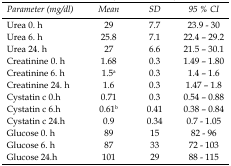
<table><thead><tr><td><b>Parameter(mg/dl)</b></td><td><b>Mean</b></td><td><b>SD</b></td><td><b>95 % CI</b></td></tr></thead><tbody><tr><td>Urea 0. h</td><td>29</td><td>7.7</td><td>23.9 - 30</td></tr><tr><td>Urea 6. h</td><td>25.8</td><td>7.1</td><td>22.4 – 29.2</td></tr><tr><td>Urea 24. h</td><td>27</td><td>6.6</td><td>21.5 – 30.1</td></tr><tr><td>Creatinine 0. h</td><td>1.68</td><td>0.3</td><td>1.49 – 1.80</td></tr><tr><td>Creatinine 6. h</td><td>1.5<sup>a</sup></td><td>0.3</td><td>1.4 – 1.6</td></tr><tr><td>Creatinine 24. h</td><td>1.6</td><td>0.3</td><td>1.47 – 1.8</td></tr><tr><td>Cystatin c 0.h</td><td>0.71</td><td>0.3</td><td>0.54 – 0.88</td></tr><tr><td>Cystatin c 6.h</td><td>0.61<sup>b</sup></td><td>0.41</td><td>0.38 – 0.84</td></tr><tr><td>Cystatin c 24.h</td><td>0.9</td><td>0.34</td><td>0.7 - 1.05</td></tr><tr><td>Glucose 0. h</td><td>89</td><td>15</td><td>82 - 96</td></tr><tr><td>Glucose 6. h</td><td>87</td><td>33</td><td>72 - 103</td></tr><tr><td>Glucose 24.h</td><td>101</td><td>29</td><td>88 - 115</td></tr></tbody></table>